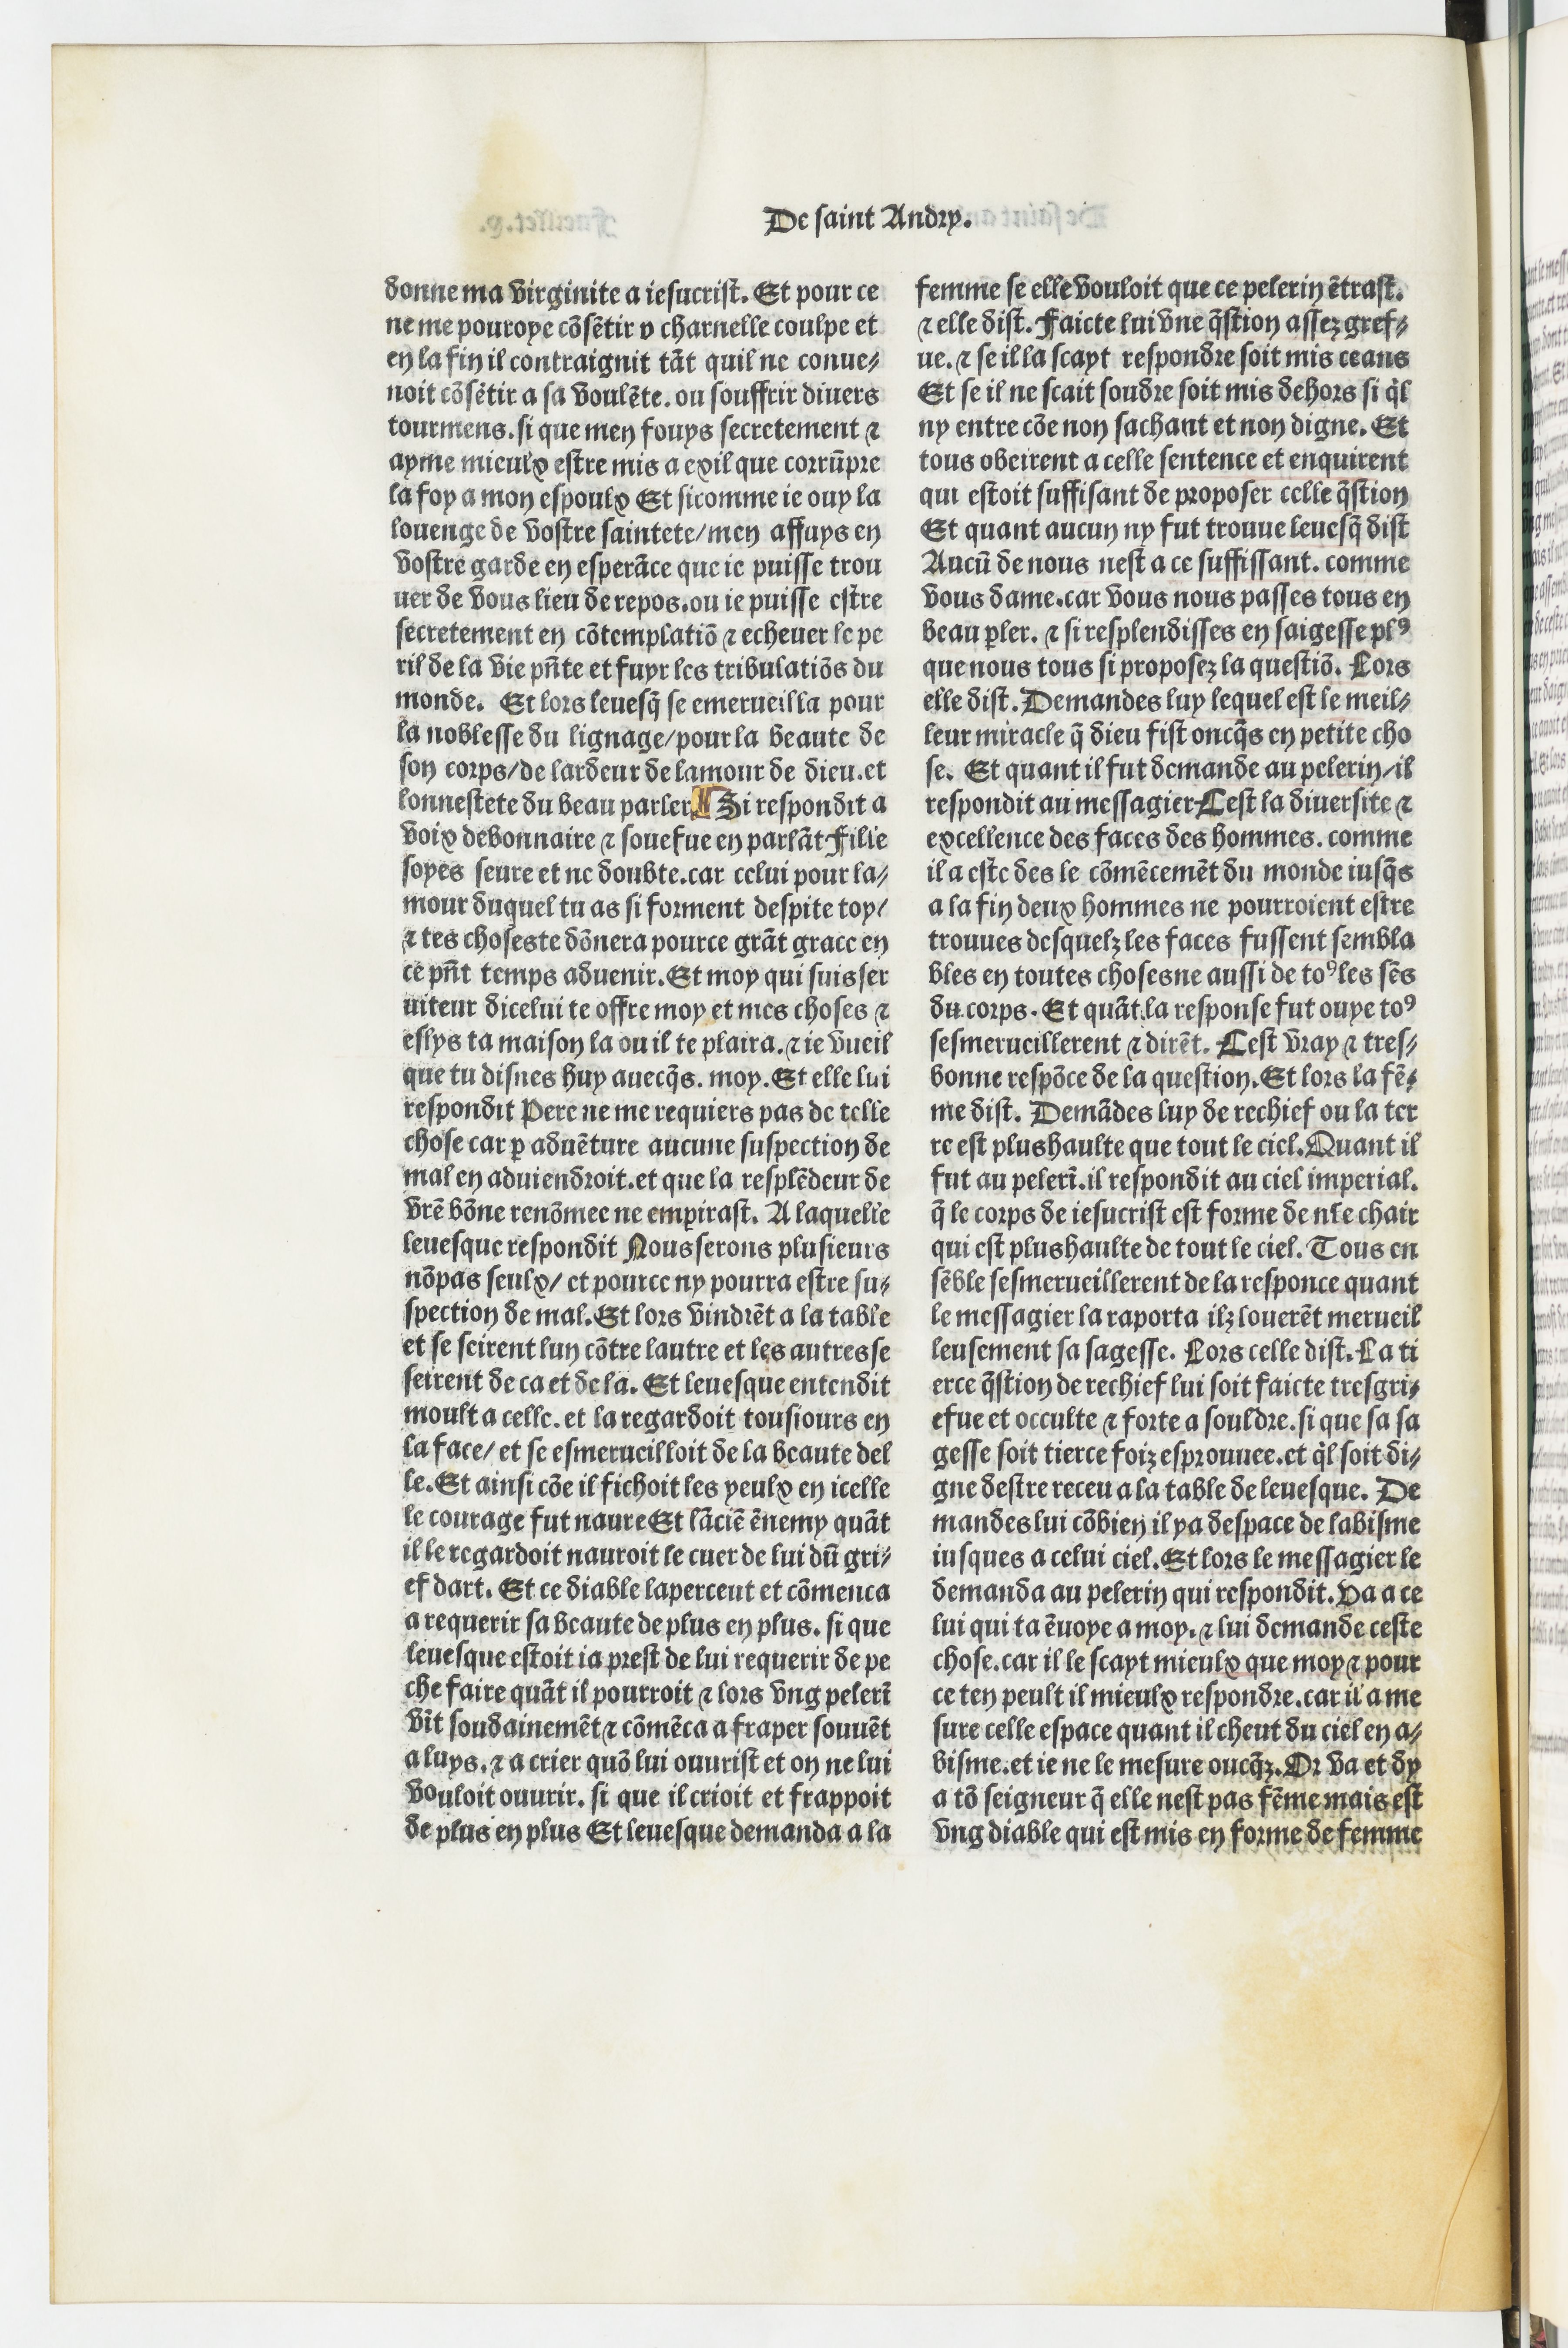
Shelfmark: Paris, BnF, Velins 690
Century: 15